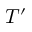
T ^ { \prime }